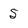
Character: 5